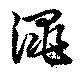
澠